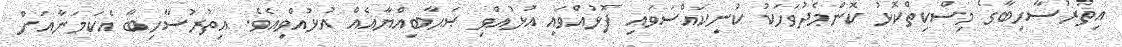
އިތުރުސާހިބާގެ މިސްކިތްކޮޅު ކޮންމެދުވަހަކު ކުނިކައްސަވައި ފޮޅުއްވައި އުޅުއްވި ޞަޙާބިއްޔާއެއް އުޅުއްވިއެވެ. އިތުރުސާހިބާ އެކަމަނާއަށް